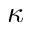
\kappa